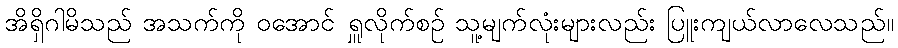
အိရှိဂါမိသည် အသက်ကို ဝအောင် ရှူလိုက်စဉ် သူ့မျက်လုံးများလည်း ပြူးကျယ်လာလေသည်။